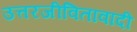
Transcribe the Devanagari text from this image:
उत्तरजीवितावादी